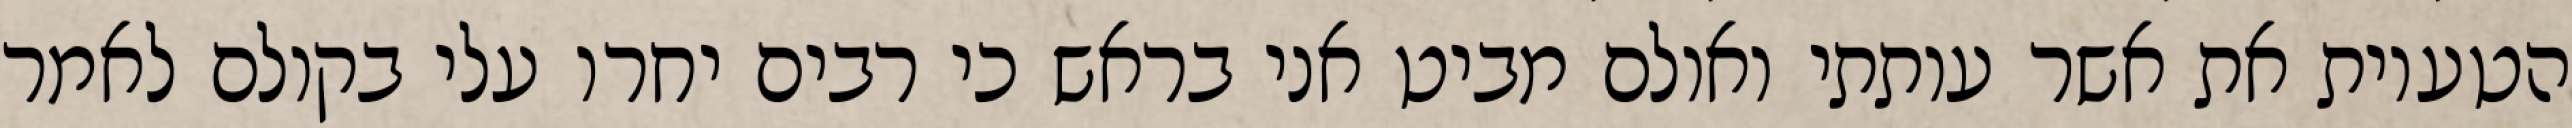
הטעיות את אשר עותתי ואולם מביט אני בראש כי רבים יחרו עלי בקולם לאמר